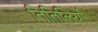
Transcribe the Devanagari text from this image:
तितिलियों